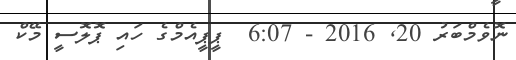
ނޮވެމްބަރު 20